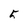
Character: 5